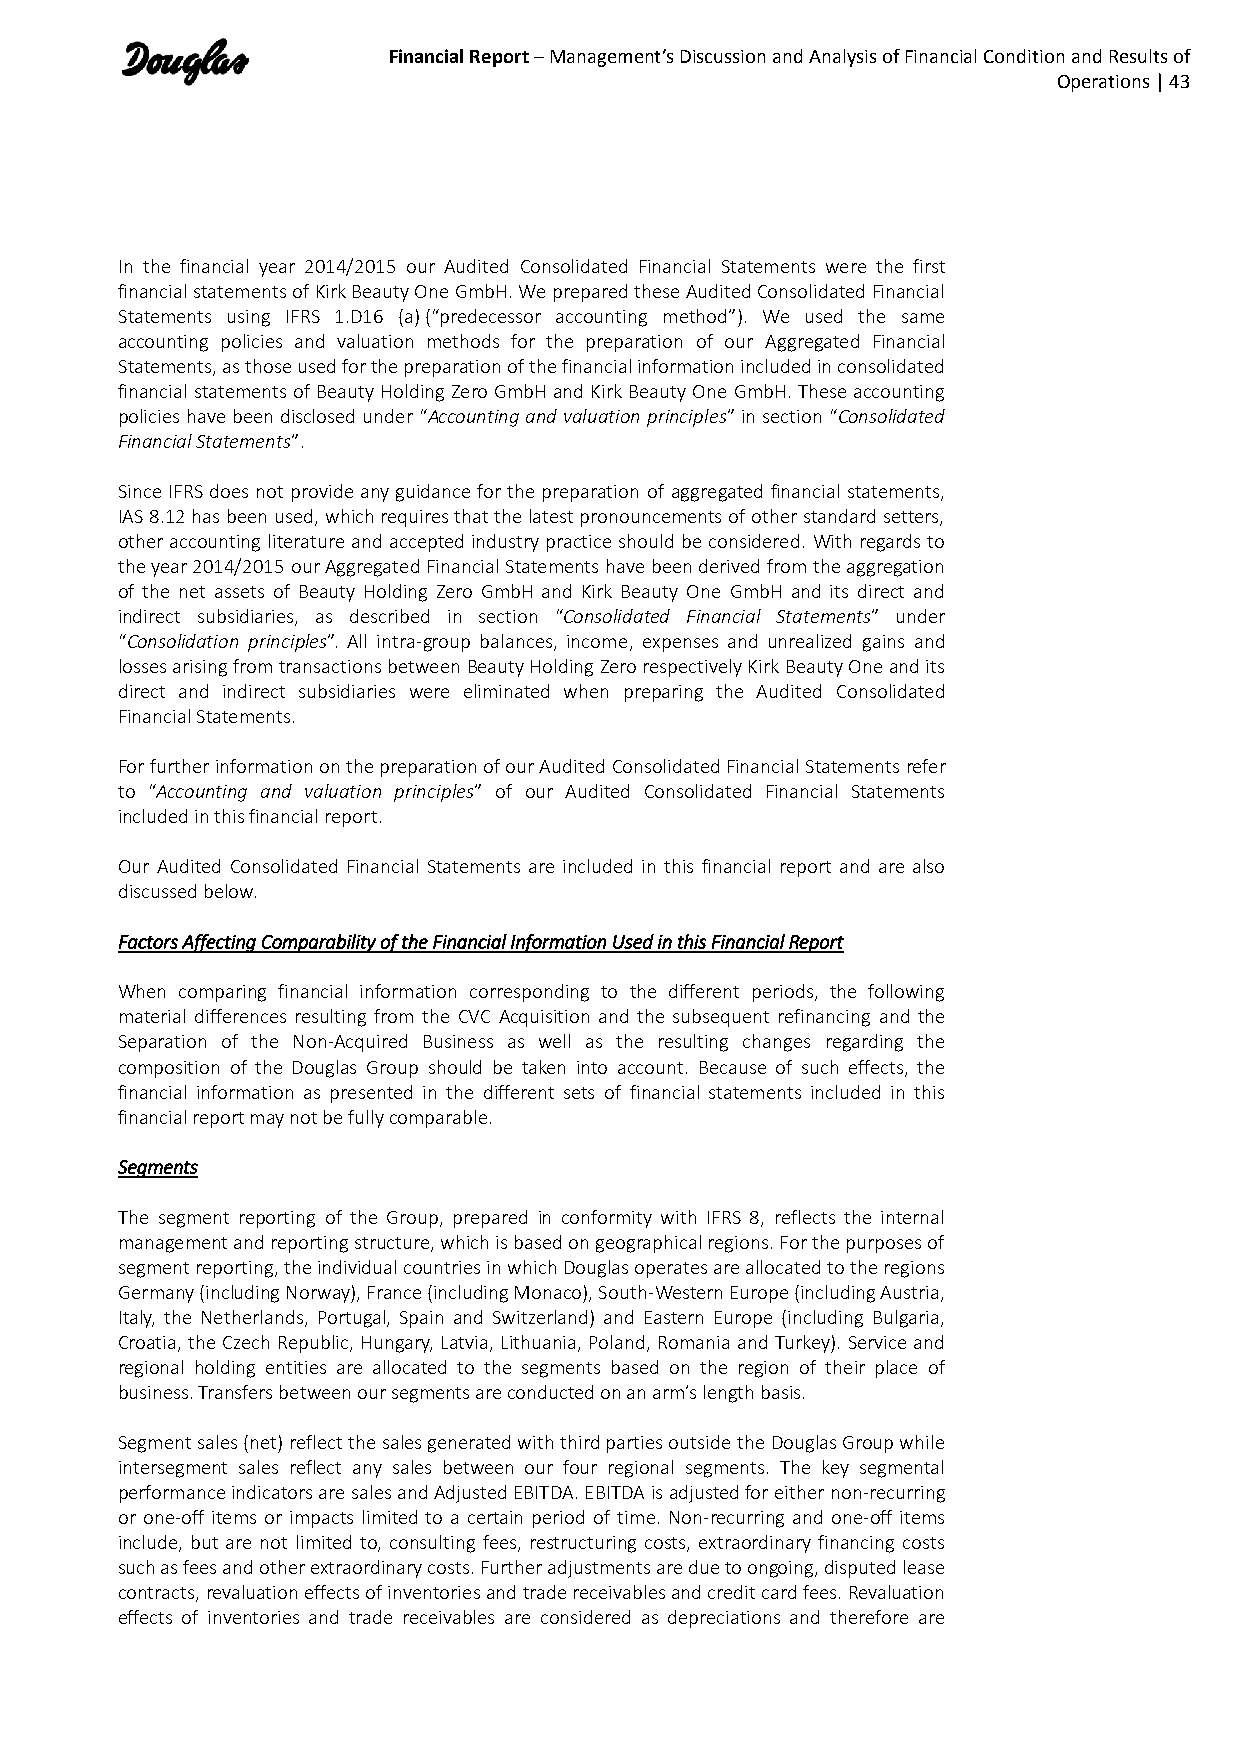
Financial Report – Management’s Discussion and Analysis of Financial Condition and Results of
 Operations | 43
 In the financial year 2014/2015 our Audited Consolidated Financial Statements were the first
 financial statements of Kirk Beauty One GmbH. We prepared these Audited Consolidated Financial
 Statements using IFRS 1.D16 (a) (“predecessor accounting method”). We used the same
 accounting policies and valuation methods for the preparation of our Aggregated Financial
 Statements, as those used for the preparation of the financial information included in consolidated
 financial statements of Beauty Holding Zero GmbH and Kirk Beauty One GmbH. These accounting
 policies have been disclosed under “Accounting and valuation principles” in section “Consolidated
 Financial Statements”.
 Since IFRS does not provide any guidance for the preparation of aggregated financial statements,
 IAS 8.12 has been used, which requires that the latest pronouncements of other standard setters,
 other accounting literature and accepted industry practice should be considered. With regards to
 the year 2014/2015 our Aggregated Financial Statements have been derived from the aggregation
 of the net assets of Beauty Holding Zero GmbH and Kirk Beauty One GmbH and its direct and
 indirect subsidiaries, as described in section “Consolidated Financial Statements” under
 “Consolidation principles”. All intra-group balances, income, expenses and unrealized gains and
 losses arising from transactions between Beauty Holding Zero respectively Kirk Beauty One and its
 direct and indirect subsidiaries were eliminated when preparing the Audited Consolidated
 Financial Statements.
 For further information on the preparation of our Audited Consolidated Financial Statements refer
 to “Accounting and valuation principles” of our Audited Consolidated Financial Statements
 included in this financial report.
 Our Audited Consolidated Financial Statements are included in this financial report and are also
 discussed below.
 Factors Affecting Comparability of the Financial Information Used in this Financial Report
 When comparing financial information corresponding to the different periods, the following
 material differences resulting from the CVC Acquisition and the subsequent refinancing and the
 Separation of the Non-Acquired Business as well as the resulting changes regarding the
 composition of the Douglas Group should be taken into account. Because of such effects, the
 financial information as presented in the different sets of financial statements included in this
 financial report may not be fully comparable.
 Segments
 The segment reporting of the Group, prepared in conformity with IFRS 8, reflects the internal
 management and reporting structure, which is based on geographical regions. For the purposes of
 segment reporting, the individual countries in which Douglas operates are allocated to the regions
 Germany (including Norway), France (including Monaco), South-Western Europe (including Austria,
 Italy, the Netherlands, Portugal, Spain and Switzerland) and Eastern Europe (including Bulgaria,
 Croatia, the Czech Republic, Hungary, Latvia, Lithuania, Poland, Romania and Turkey). Service and
 regional holding entities are allocated to the segments based on the region of their place of
 business. Transfers between our segments are conducted on an arm’s length basis.
 Segment sales (net) reflect the sales generated with third parties outside the Douglas Group while
 intersegment sales reflect any sales between our four regional segments. The key segmental
 performance indicators are sales and Adjusted EBITDA. EBITDA is adjusted for either non-recurring
 or one-off items or impacts limited to a certain period of time. Non-recurring and one-off items
 include, but are not limited to, consulting fees, restructuring costs, extraordinary financing costs
 such as fees and other extraordinary costs. Further adjustments are due to ongoing, disputed lease
 contracts, revaluation effects of inventories and trade receivables and credit card fees. Revaluation
 effects of inventories and trade receivables are considered as depreciations and therefore are